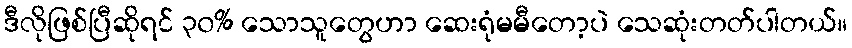
ဒီလိုဖြစ်ပြီဆိုရင် ၃၀% သောသူတွေဟာ ဆေးရုံမမီတော့ပဲ သေဆုံးတတ်ပါတယ်။